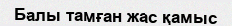
Балы тамған жас қамыс